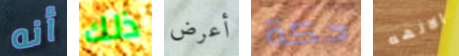
أنه ذلك أعرض حكة الالهه